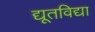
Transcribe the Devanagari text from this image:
द्यूतविद्या